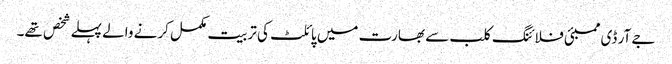
جے آر ڈی ممبئی فلائنگ کلب سے بھارت میں پائلٹ کی تربیت مکمل کرنے والے پہلے شخص تھے۔